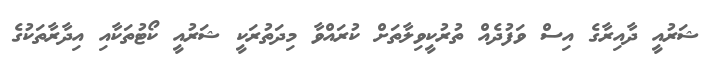
ޝަރުއީ ދާއިރާގެ އިސް ވަފުދެއް ތުރުކީވިލާތަށް ކުރައްވާ މިދަތުރަކީ ޝަރުއީ ކޯޓުތަކާއި އިދާރާތަކުގެ